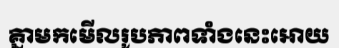
គ្នាមកមើលរូបភាពទាំងនេះអោយ